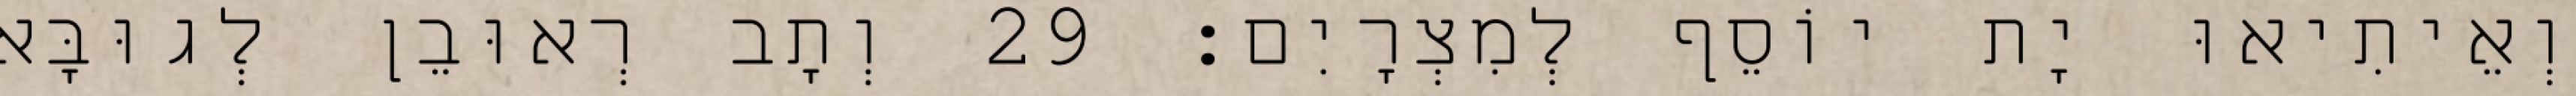
וְאֵיתִיאוּ יָת יוֹסֵף לְמִצְרָיִם׃ 29 וְתָב רְאוּבֵן לְגוּבָּא